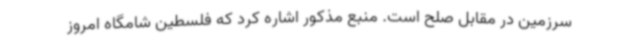
سرزمین در مقابل صلح است. منبع مذکور اشاره کرد که فلسطین شامگاه امروز